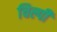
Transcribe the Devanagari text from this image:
चिल्पी